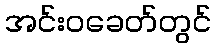
အင်းဝခေတ်တွင်